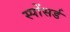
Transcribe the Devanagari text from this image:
स्पोंसर्ड